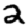
Digit: 2